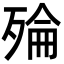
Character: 𪵅